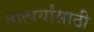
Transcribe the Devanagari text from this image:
तात्पर्यांसाठी